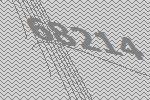
68214